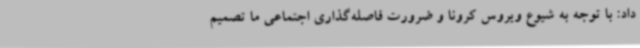
داد: با توجه به شیوع ویروس کرونا و ضرورت فاصله‌گذاری اجتماعی ما تصمیم